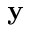
\mathbf { y }